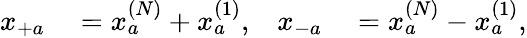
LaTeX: \begin{array}{rlrl}{x_{+a}}&{{}=x_{a}^{(N)}+x_{a}^{(1)},}&{x_{-a}}&{{}=x_{a}^{(N)}-x_{a}^{(1)},}\end{array}